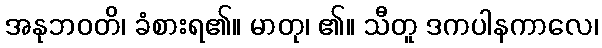
အနုဘဝတိ၊ ခံစားရ၏။ မာတု၊ ၏။ သီတူ ဒကပါနကာလေ၊